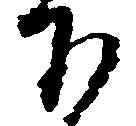
下